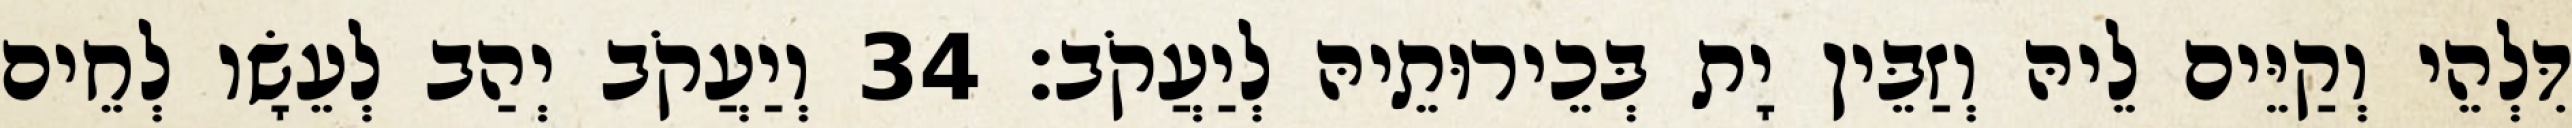
דִּלְהֵי וְקַיֵּים לֵיהּ וְזַבֵּין יָת בְּכֵירוּתֵיהּ לְיַעֲקֹב׃ 34 וְיַעֲקֹב יְהַב לְעֵשָׂו לְחֵים